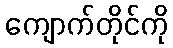
ကျောက်တိုင်ကို